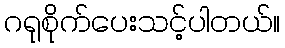
ဂရုစိုက်ပေးသင့်ပါတယ်။